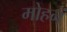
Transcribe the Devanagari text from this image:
मोहनं